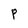
Character: P